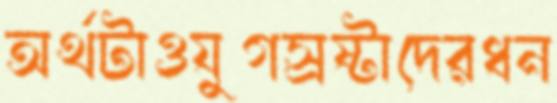
অর্থটাওযুগস্রষ্টাদেরধন